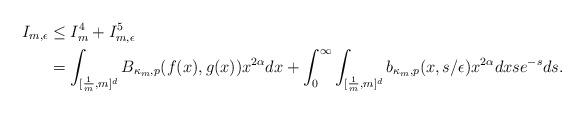
LaTeX: \begin{align*}I_{m,\epsilon}&\leq I_{m}^4+I_{m,\epsilon}^5\\&=\int_{[\frac{1}{m},m]^d }B_{\kappa_m,p}(f(x),g(x))x^{2\alpha}dx+\int_0^\infty \int_{[\frac{1}{m},m]^d} b_{\kappa_m,p}(x,s/\epsilon)x^{2\alpha}dx se^{-s}ds.\end{align*}